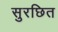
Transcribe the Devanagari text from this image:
सुरछित